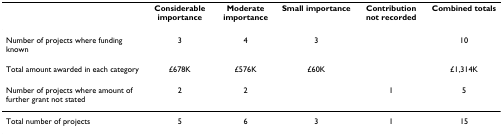
<table><thead><tr><td></td><td><b>Considerable importance</b></td><td><b>Moderate importance</b></td><td><b>Small importance</b></td><td><b>Contribution not recorded</b></td><td><b>Combined totals</b></td></tr></thead><tbody><tr><td>Number of projects where funding known</td><td>3</td><td>4</td><td>3</td><td></td><td>10</td></tr><tr><td>Total amount awarded in each category</td><td>£678K</td><td>£576K</td><td>£60K</td><td></td><td>£1,314K</td></tr><tr><td>Number of projects where amount of further grant not stated</td><td>2</td><td>2</td><td></td><td>1</td><td>5</td></tr><tr><td>Total number of projects</td><td>5</td><td>6</td><td>3</td><td>1</td><td>15</td></tr></tbody></table>